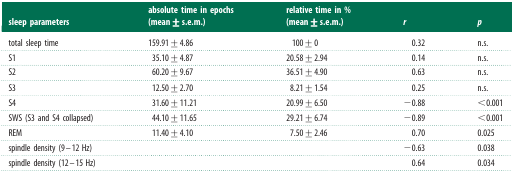
<table><thead><tr><td><b>sleep parameters</b></td><td><b>absolute time in epochs (mean±s.e.m.)</b></td><td><b>relative time in % (mean±s.e.m.)</b></td><td><b><i>r</i></b></td><td><b><i>p</i></b></td></tr></thead><tbody><tr><td>total sleep time</td><td>159.91±4.86</td><td>100±0</td><td>0.32</td><td>n.s.</td></tr><tr><td>S1</td><td>35.10±4.87</td><td>20.58±2.94</td><td>0.14</td><td>n.s.</td></tr><tr><td>S2</td><td>60.20±9.67</td><td>36.51±4.90</td><td>0.63</td><td>n.s.</td></tr><tr><td>S3</td><td>12.50±2.70</td><td>8.21±1.54</td><td>0.25</td><td>n.s.</td></tr><tr><td>S4</td><td>31.60±11.21</td><td>20.99±6.50</td><td>−0.88</td><td>&lt;0.001</td></tr><tr><td>SWS (S3 and S4 collapsed)</td><td>44.10±11.65</td><td>29.21±6.74</td><td>−0.89</td><td>&lt;0.001</td></tr><tr><td>REM</td><td>11.40±4.10</td><td>7.50±2.46</td><td>0.70</td><td>0.025</td></tr><tr><td>spindle density (9–12 Hz)</td><td></td><td></td><td>−0.63</td><td>0.038</td></tr><tr><td>spindle density (12–15 Hz)</td><td></td><td></td><td>0.64</td><td>0.034</td></tr></tbody></table>